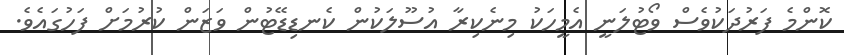
ކޮންމެ ފަރުދަކުވެސް ވޯޓުލަނީ އެމީހަކު މިނެކިރާ އުސޫލަކުން ކެނޑިޑޭޓުން ވަޒަން ކުރުމަށް ފަހުގައެވެ.